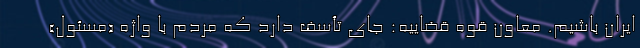
ایران باشیم. معاون قوه قضاییه: جای تأسف دارد که مردم با واژه «مسئول»